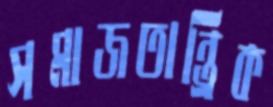
সমাজতান্ত্রিক